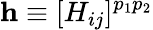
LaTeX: \mathbf h\equiv[H_{ij}]^{p_{1}p_{2}}